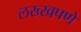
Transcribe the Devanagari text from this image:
लख्खपणे